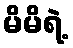
မိမိရဲ့